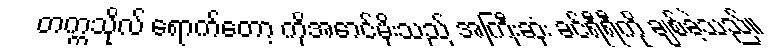
တက္ကသိုလ် ရောက်တော့ ကိုအောင်မိုးသည် အကြီးဆုံး ခင်ရီရီကို ချစ်ခဲ့သည်။